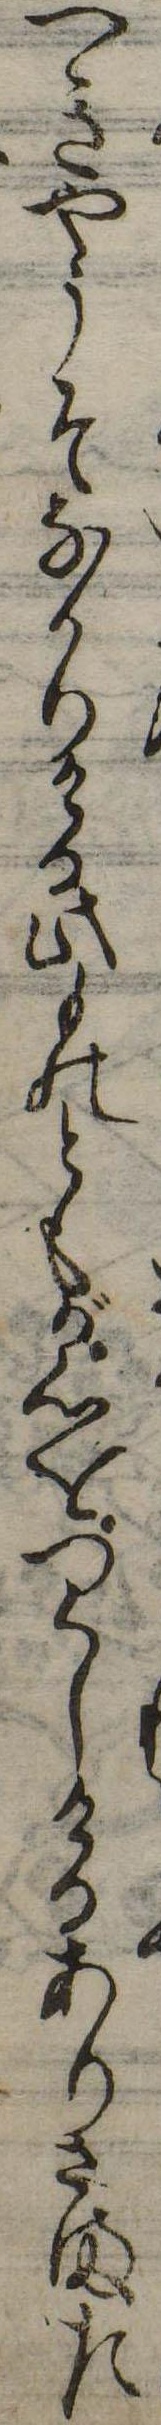
へきやうそなかりける此ものともが心をつくしけるありさまた